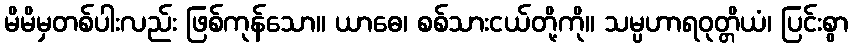
မိမိမှတစ်ပါးလည်း ဖြစ်ကုန်သော။ ယာဓေ၊ စစ်သားငယ်တို့ကို။ သမ္ပဟာရဝုတ္တိယံ၊ ပြင်းစွာ